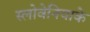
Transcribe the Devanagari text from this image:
स्लोवेनियाके